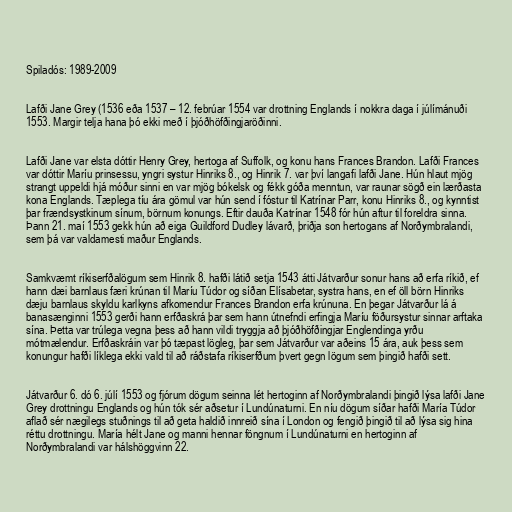
Spiladós: 1989-2009

Lafði Jane Grey (1536 eða 1537 – 12. febrúar 1554 var drottning Englands í nokkra daga í júlímánuði
1553. Margir telja hana þó ekki með í þjóðhöfðingjaröðinni.

Lafði Jane var elsta dóttir Henry Grey, hertoga af Suffolk, og konu hans Frances Brandon. Lafði Frances
var dóttir Maríu prinsessu, yngri systur Hinriks 8., og Hinrik 7. var því langafi lafði Jane. Hún hlaut mjög
strangt uppeldi hjá móður sinni en var mjög bókelsk og fékk góða menntun, var raunar sögð ein lærðasta
kona Englands. Tæplega tíu ára gömul var hún send í fóstur til Katrínar Parr, konu Hinriks 8., og kynntist
þar frændsystkinum sínum, börnum konungs. Eftir dauða Katrínar 1548 fór hún aftur til foreldra sinna.
Þann 21. maí 1553 gekk hún að eiga Guildford Dudley lávarð, þriðja son hertogans af Norðymbralandi,
sem þá var valdamesti maður Englands.

Samkvæmt ríkiserfðalögum sem Hinrik 8. hafði látið setja 1543 átti Játvarður sonur hans að erfa ríkið, ef
hann dæi barnlaus færi krúnan til Maríu Túdor og síðan Elísabetar, systra hans, en ef öll börn Hinriks
dæju barnlaus skyldu karlkyns afkomendur Frances Brandon erfa krúnuna. En þegar Játvarður lá á
banasænginni 1553 gerði hann erfðaskrá þar sem hann útnefndi erfingja Maríu föðursystur sinnar arftaka
sína. Þetta var trúlega vegna þess að hann vildi tryggja að þjóðhöfðingjar Englendinga yrðu
mótmælendur. Erfðaskráin var þó tæpast lögleg, þar sem Játvarður var aðeins 15 ára, auk þess sem
konungur hafði líklega ekki vald til að ráðstafa ríkiserfðum þvert gegn lögum sem þingið hafði sett.

Játvarður 6. dó 6. júlí 1553 og fjórum dögum seinna lét hertoginn af Norðymbralandi þingið lýsa lafði Jane
Grey drottningu Englands og hún tók sér aðsetur í Lundúnaturni. En níu dögum síðar hafði María Túdor
aflað sér nægilegs stuðnings til að geta haldið innreið sína í London og fengið þingið til að lýsa sig hina
réttu drottningu. María hélt Jane og manni hennar föngnum í Lundúnaturni en hertoginn af
Norðymbralandi var hálshöggvinn 22.